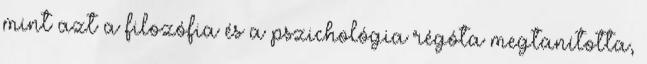
mint azt a filozófia és a pszichológia régóta megtanította,